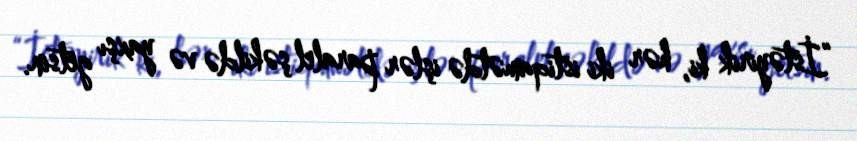
“İstəyirik ki, hər iki istiqamətdə işlər paralel şəkildə və yaxşı getsin.